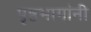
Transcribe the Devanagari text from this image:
पृष्ठभागांनी